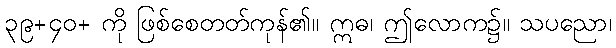
၃၉+၄၀+ ကို ဖြစ်စေတတ်ကုန်၏။ ဣဓ၊ ဤလောက၌။ သပညော၊